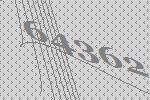
64362